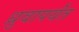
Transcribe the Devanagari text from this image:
ध्रुवापर्यंत